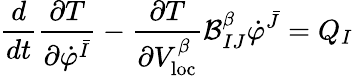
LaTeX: \frac{d}{dt}\frac{\partial T}{\partial\dot{\varphi}^{\bar{I}}}-\frac{\partial T}{\partial V_{\mathrm{loc}}^{\beta}}\mathcal{B}_{IJ}^{\beta}\dot{\varphi}^{\bar{J}}=Q_{I}